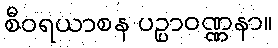
စီဝရယာစန ပဉ္ပာဝဏ္ဏနာ။